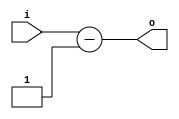
// 2003009

module subOne(
  input wire [4:0] i,
  output wire [4:0] o
);
  assign o = i - 1;
endmodule